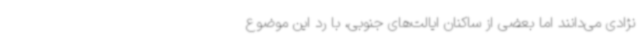
نژادی می‌دانند اما بعضی از ساکنان ایالت‌های جنوبی، با رد این موضوع